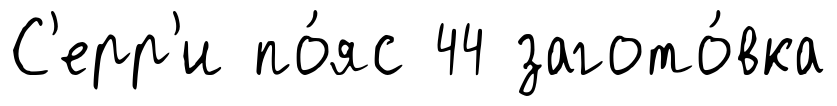
С'ерр'и по́яс 44 загото́вка